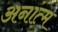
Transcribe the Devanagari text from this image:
अनांत्म